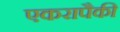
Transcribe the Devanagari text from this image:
एकरापैकी